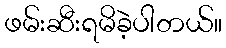
ဖမ်းဆီးရမိခဲ့ပါတယ်။